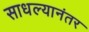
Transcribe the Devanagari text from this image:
साधल्यानंतर